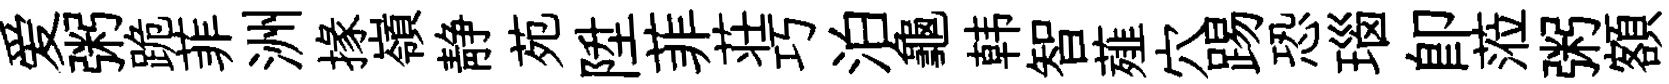
爱粥跪菲洲掾嶺静苑陞菲荘巧泊龜韩智薤穴踢恐瑙即蒞粥額